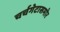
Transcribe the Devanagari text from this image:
चर्चगेटासमोर